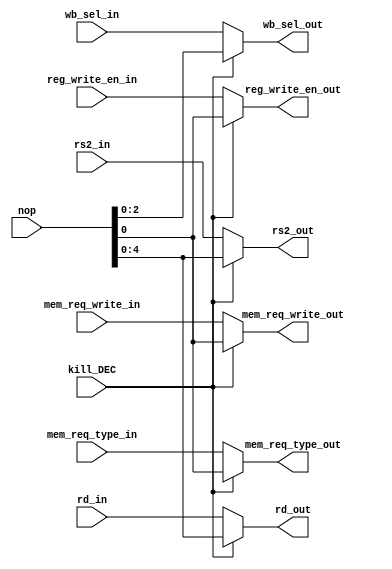
module decode_mux(
	//output
	output reg [4:0] rs2_out,
	output reg [4:0] rd_out,
	output reg reg_write_en_out, 
	output reg [2:0] wb_sel_out, 
    output reg mem_req_write_out, 
    output reg mem_req_type_out,
    //input 
    input [4:0] rs2_in, 
    input [4:0] rd_in, 
    input reg_write_en_in, 
	input [2:0] wb_sel_in, 
    input mem_req_write_in, 
    input mem_req_type_in,
    input kill_DEC,
    input [31:0] nop);


always@(kill_DEC) begin
	if(kill_DEC == 1)begin
		rs2_out <= nop;
		rd_out<= nop;
		reg_write_en_out<= nop;
		wb_sel_out<= nop;
    	mem_req_write_out<= nop;
    	mem_req_type_out<= nop;
	end
	else begin
		rs2_out <= rs2_in;
		rd_out<= rd_in;
		reg_write_en_out<= reg_write_en_in;
		wb_sel_out<= wb_sel_in;
    	mem_req_write_out<= mem_req_write_in;
    	mem_req_type_out<= mem_req_type_in;
	end
end
endmodule